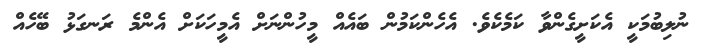
ނުލިބުމަކީ އެކަށީގެންވާ ކަމެކެވެ. އެހެންކަމުން ބައެއް މީހުންނަށް އެމީހަކަށް އެންމެ ރަނގަޅު ބޭހެއް